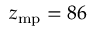
z _ { \mathrm { m p } } = 8 6